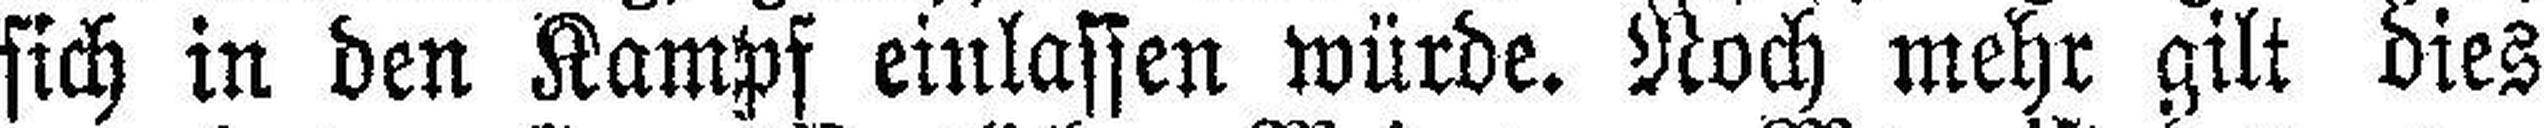
sich in den Kampf einlassen würde. Noch mehr gilt dies